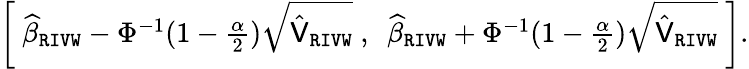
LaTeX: \begin{array}{r}{\left[\ \widehat{\beta}_{\mathtt{RIVW}}-\Phi^{-1}(1-\frac{\alpha}{2})\sqrt{\hat{\mathsf{V}}_{\mathtt{RIVW}}}\ ,\ \ \widehat{\beta}_{\mathtt{RIVW}}+\Phi^{-1}(1-\frac{\alpha}{2})\sqrt{\hat{\mathsf{V}}_{\mathtt{RIVW}}}\ \right].}\end{array}